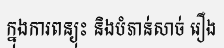
ក្នុងការពន្យុះ និងបំភាន់សាច់ រឿង